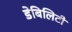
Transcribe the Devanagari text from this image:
डेबिलिटी